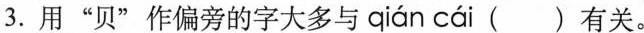
3.用”贝”作偏旁的字大多与 qián cài ( )有关。